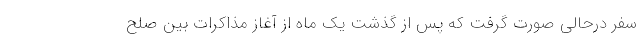
سفر درحالی صورت گرفت که پس از گذشت یک ماه از آغاز مذاکرات بین صلح